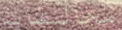
مخالفات